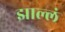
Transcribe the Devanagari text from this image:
झाल्लं